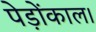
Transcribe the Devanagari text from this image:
पेड़ोंकाल।